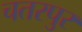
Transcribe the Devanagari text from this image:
चतरपुर